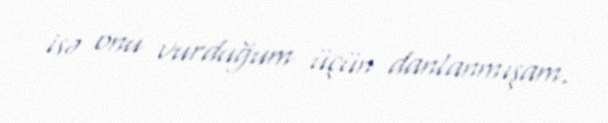
isə onu vurduğum üçün danlanmışam.